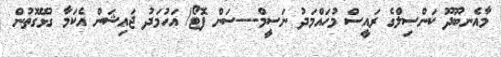
މާއެނބޫދޫ ކަންސިލްގެ ރައީސް މުހައްމަދު ނަސީމް---ސަން ފޮޓޯ/ އަހުމަދު ޖައިޝަން އެކަމާ ގުޅޭގޮތުން